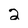
Character: 2